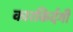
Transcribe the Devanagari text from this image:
कारकिर्दगी